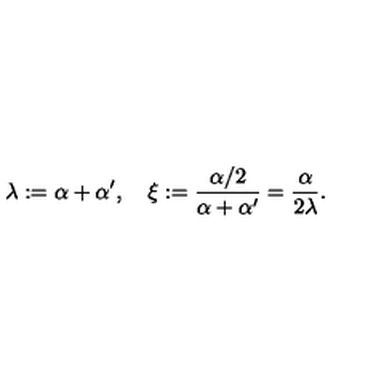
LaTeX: \lambda : = \alpha + \alpha ^ { \prime } , \quad \xi : = { \frac { \alpha / 2 } { \alpha + \alpha ^ { \prime } } } = { \frac { \alpha } { 2 \lambda } } .